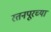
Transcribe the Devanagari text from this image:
रतनपूरच्या